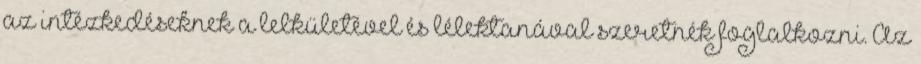
az intézkedéseknek a lelkületével és lélektanával szeretnék foglalkozni. Az